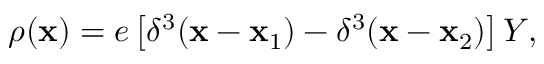
\rho ( { \bf x } ) = e \left[ \delta ^ { 3 } ( { \bf x } - { \bf x _ { \mathrm { 1 } } } ) - \delta ^ { 3 } ( { \bf x } - { \bf x _ { \mathrm { 2 } } } ) \right] Y ,